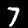
Digit: 7